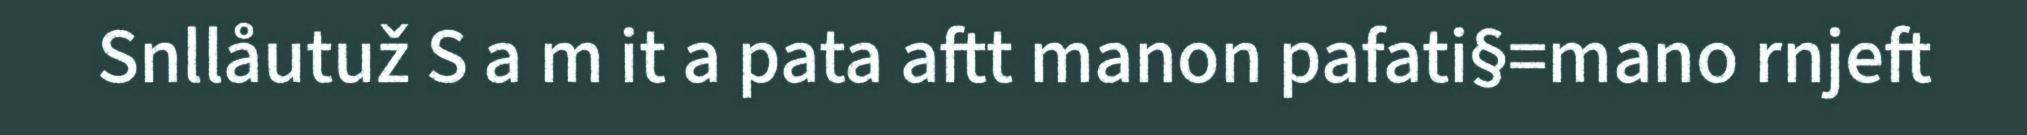
Snllåutuž S a m it a pata aftt manon pafati§=mano rnjeft